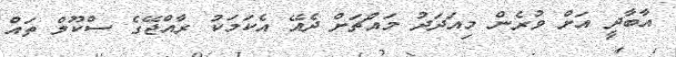
އާބާދީ އަށް ވުރެން މިއަދަދު މައްޗަށް ދެއޭ އެކަމަކު ރާއްޖޭގެ ސްކޫލް ތައް